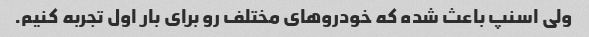
ولی اسنپ باعث شده که خودروهای مختلف رو برای بار اول تجربه کنیم.